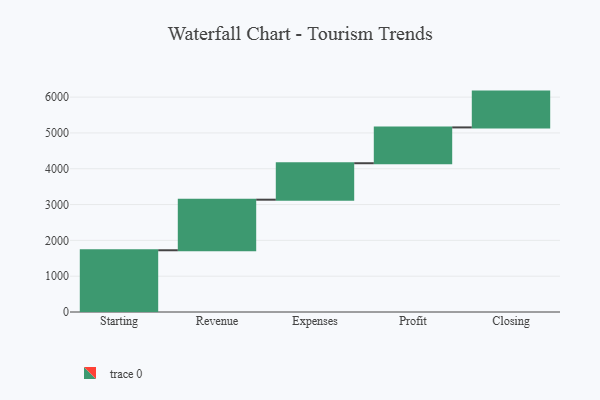
{"axis": {"x": "Step", "y": "Value"}, "legend": [""], "data": [{"x": "Starting", "y": 1724.0, "type": ""}, {"x": "Revenue", "y": 1412.0, "type": ""}, {"x": "Expenses", "y": 1018.0, "type": ""}, {"x": "Profit", "y": 1000, "type": ""}, {"x": "Closing", "y": 1000, "type": ""}]}